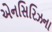
એનસિરિઝના